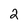
Character: 2